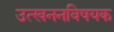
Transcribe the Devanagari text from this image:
उत्खननविषयक